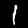
Digit: 1